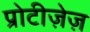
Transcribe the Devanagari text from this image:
प्रोटीज़ेज़